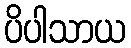
ပိပါသာယ